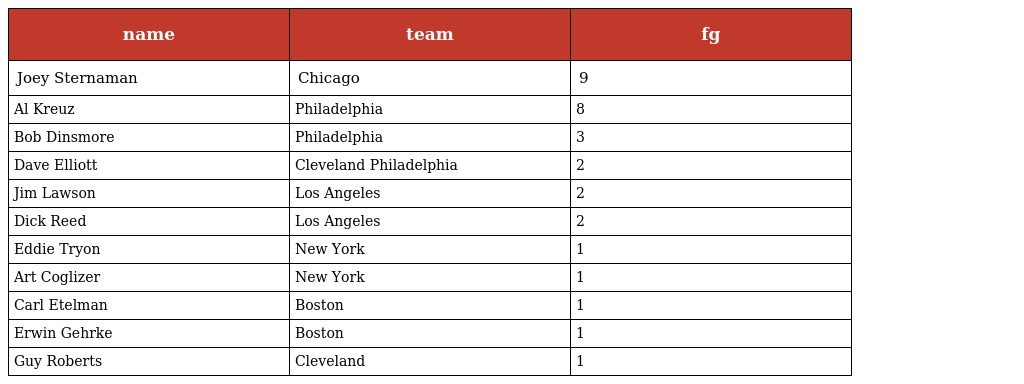
| name | team | fg |
 | --- | --- | --- |
 | Joey Sternaman | Chicago | 9 |
 | Al Kreuz | Philadelphia | 8 |
 | Bob Dinsmore | Philadelphia | 3 |
 | Dave Elliott | Cleveland Philadelphia | 2 |
 | Jim Lawson | Los Angeles | 2 |
 | Dick Reed | Los Angeles | 2 |
 | Eddie Tryon | New York | 1 |
 | Art Coglizer | New York | 1 |
 | Carl Etelman | Boston | 1 |
 | Erwin Gehrke | Boston | 1 |
 | Guy Roberts | Cleveland | 1 |